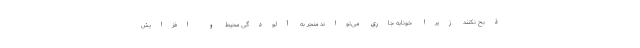
ذبح نکنند زیرا خونابه‌ جاری می‌تواند منجر به آلودگی محیط و افزایش